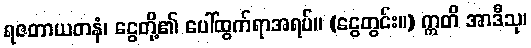
ရဇတာယတနံ၊ ငွေတို့၏ ပေါ်ထွက်ရာအရပ်။ (ငွေတွင်း။) ဣတိ အာဒီသု၊